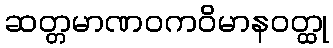
ဆတ္တမာဏဝကဝိမာနဝတ္ထု